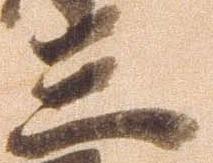
三